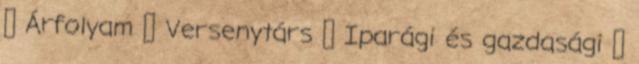
◦ Árfolyam ◦ Versenytárs ◦ Iparági és gazdasági ◦